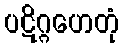
ပဋိဂ္ဂဟေတုံ